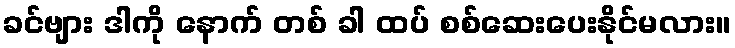
ခင်ဗျား ဒါကို နောက် တစ် ခါ ထပ် စစ်ဆေးပေးနိုင်မလား။